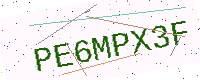
Text: PE6MPX3F